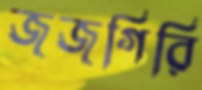
জজগিরি